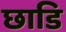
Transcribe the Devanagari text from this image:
छाडि